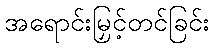
အရောင်းမြှင့်တင်ခြင်း